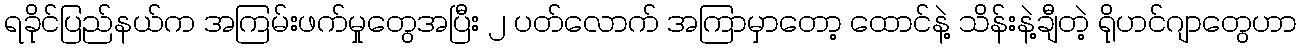
ရခိုင်ပြည်နယ်က အကြမ်းဖက်မှုတွေအပြီး ၂ ပတ်လောက် အကြာမှာတော့ ထောင်နဲ့ သိန်းနဲ့ချီတဲ့ ရိုဟင်ဂျာတွေဟာ